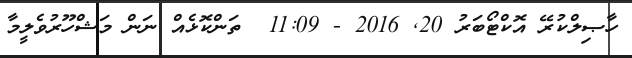
ހާޞިލްކުރޭ އޮކްޓޯބަރު 20